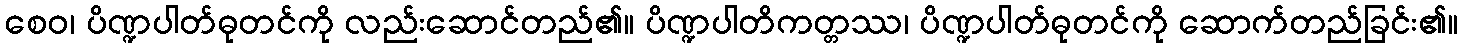
စေဝ၊ ပိဏ္ဍပါတ်ဓုတင်ကို လည်းဆောင်တည်၏။ ပိဏ္ဍပါတိကတ္တဿ၊ ပိဏ္ဍပါတ်ဓုတင်ကို ဆောက်တည်ခြင်း၏။